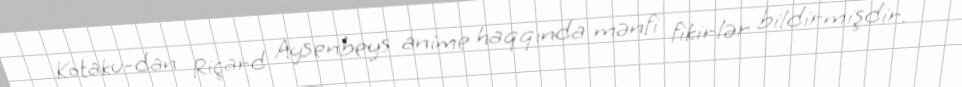
Kotaku-dan Riçard Aysenbeys anime haqqında mənfi fikirlər bildirmişdir.